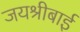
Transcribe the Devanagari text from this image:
जयश्रीबाई